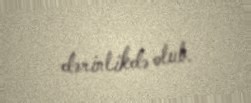
dərinlikdə olub.